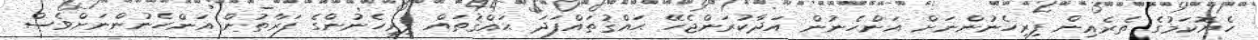
ހެޔޮކަމުގެ ތެރެއިން ފިރިހެނުންނަށް އަންހެނުން އަދާކުރަންޖެހޭ ޙައްޤުތައްފަދަ ޙައްޤުތައް ފިރިހެނުންގެ ފަރާތުން އަންހެނުންނަށްވެސް